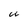
Character: u